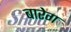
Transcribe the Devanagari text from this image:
बारेग